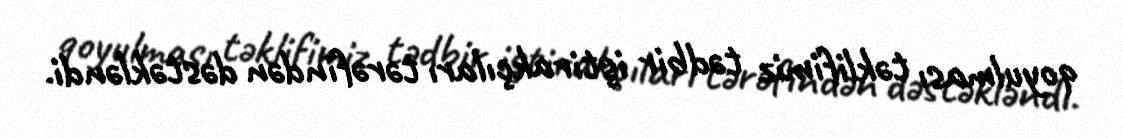
qoyulması təklifimiz tədbir iştirakçıları tərəfindən dəstəkləndi.